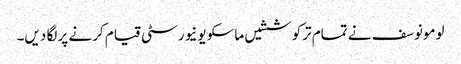
لومونوسف نے تمام ترکوششیں ماسکو یونیورسٹی قیام کرنے پر لگا دیں۔